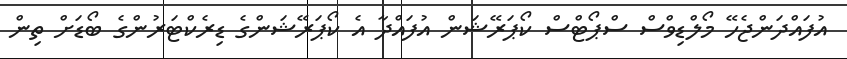
އުފައްދަންޖެހޭ މޯލްޑިވްސް ސްޕޯޓްސް ކޯޕަރޭޝަން އުފައްދާ އެ ކޯޕަރޭޝަންގެ ޑިރެކްޓަރުންގެ ބޯޑަށް ތިން